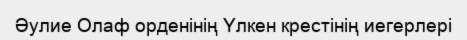
Әулие Олаф орденінің Үлкен крестінің иегерлері